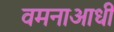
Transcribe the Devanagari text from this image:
वमनाआधी